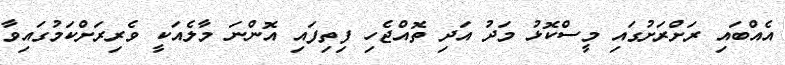
އެއްބައި ރަށްރަށުގައި މީސްކޮޅު މަދު އަދި ތޮއްޖެހި ފިތިފައި އޮންނަ މާލެއަކީ ވެރިރަށްކަމުގައިވާ